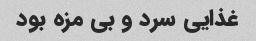
غذایی سرد و بی مزه بود